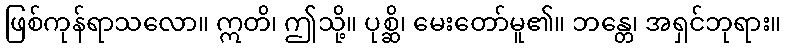
ဖြစ်ကုန်ရာသလော။ ဣတိ၊ ဤသို့။ ပုစ္ဆိ၊ မေးတော်မူ၏။ ဘန္တေ၊ အရှင်ဘုရား။